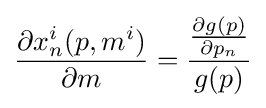
{\frac {\partial x_{n}^{i}(p,m^{i})}{\partial m}}={\frac {\frac {\partial g(p)}{\partial p_{n}}}{g(p)}}